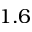
1 . 6